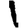
Digit: 1